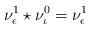
LaTeX: \begin{align*}\nu^{1}_{\epsilon} \star \nu^{0}_{\iota} = \nu^{1}_{\epsilon}\end{align*}